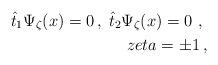
LaTeX: \begin{align*}\hat{t}_{1}\Psi _{\zeta }(x)=0\,,\;\hat{t}_{2}\Psi _{\zeta }(x)=0\,\,,\;\\zeta =\pm 1\,, \end{align*}